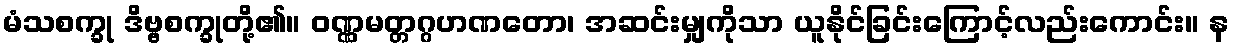
မံသစက္ခု ဒိဗ္ဗစက္ခုတို့၏။ ဝဏ္ဏမတ္တဂ္ဂဟဏတော၊ အဆင်းမျှကိုသာ ယူနိုင်ခြင်းကြောင့်လည်းကောင်း။ န